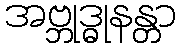
အဗ္ဘုဒ္ဓုနန္တာ